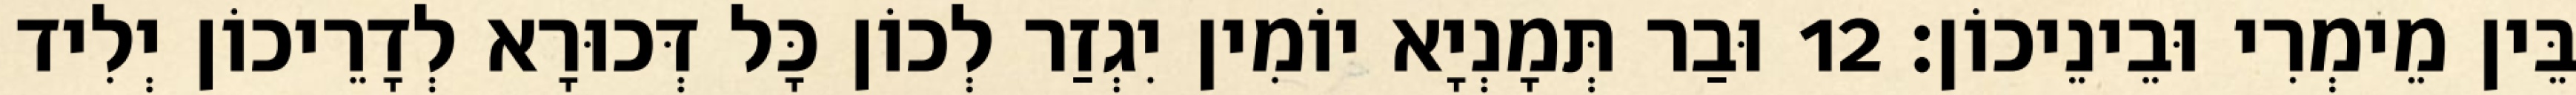
בֵּין מֵימְרִי וּבֵינֵיכוֹן׃ 12 וּבַר תְּמָנְיָא יוֹמִין יִגְזַר לְכוֹן כָּל דְּכוּרָא לְדָרֵיכוֹן יְלִיד